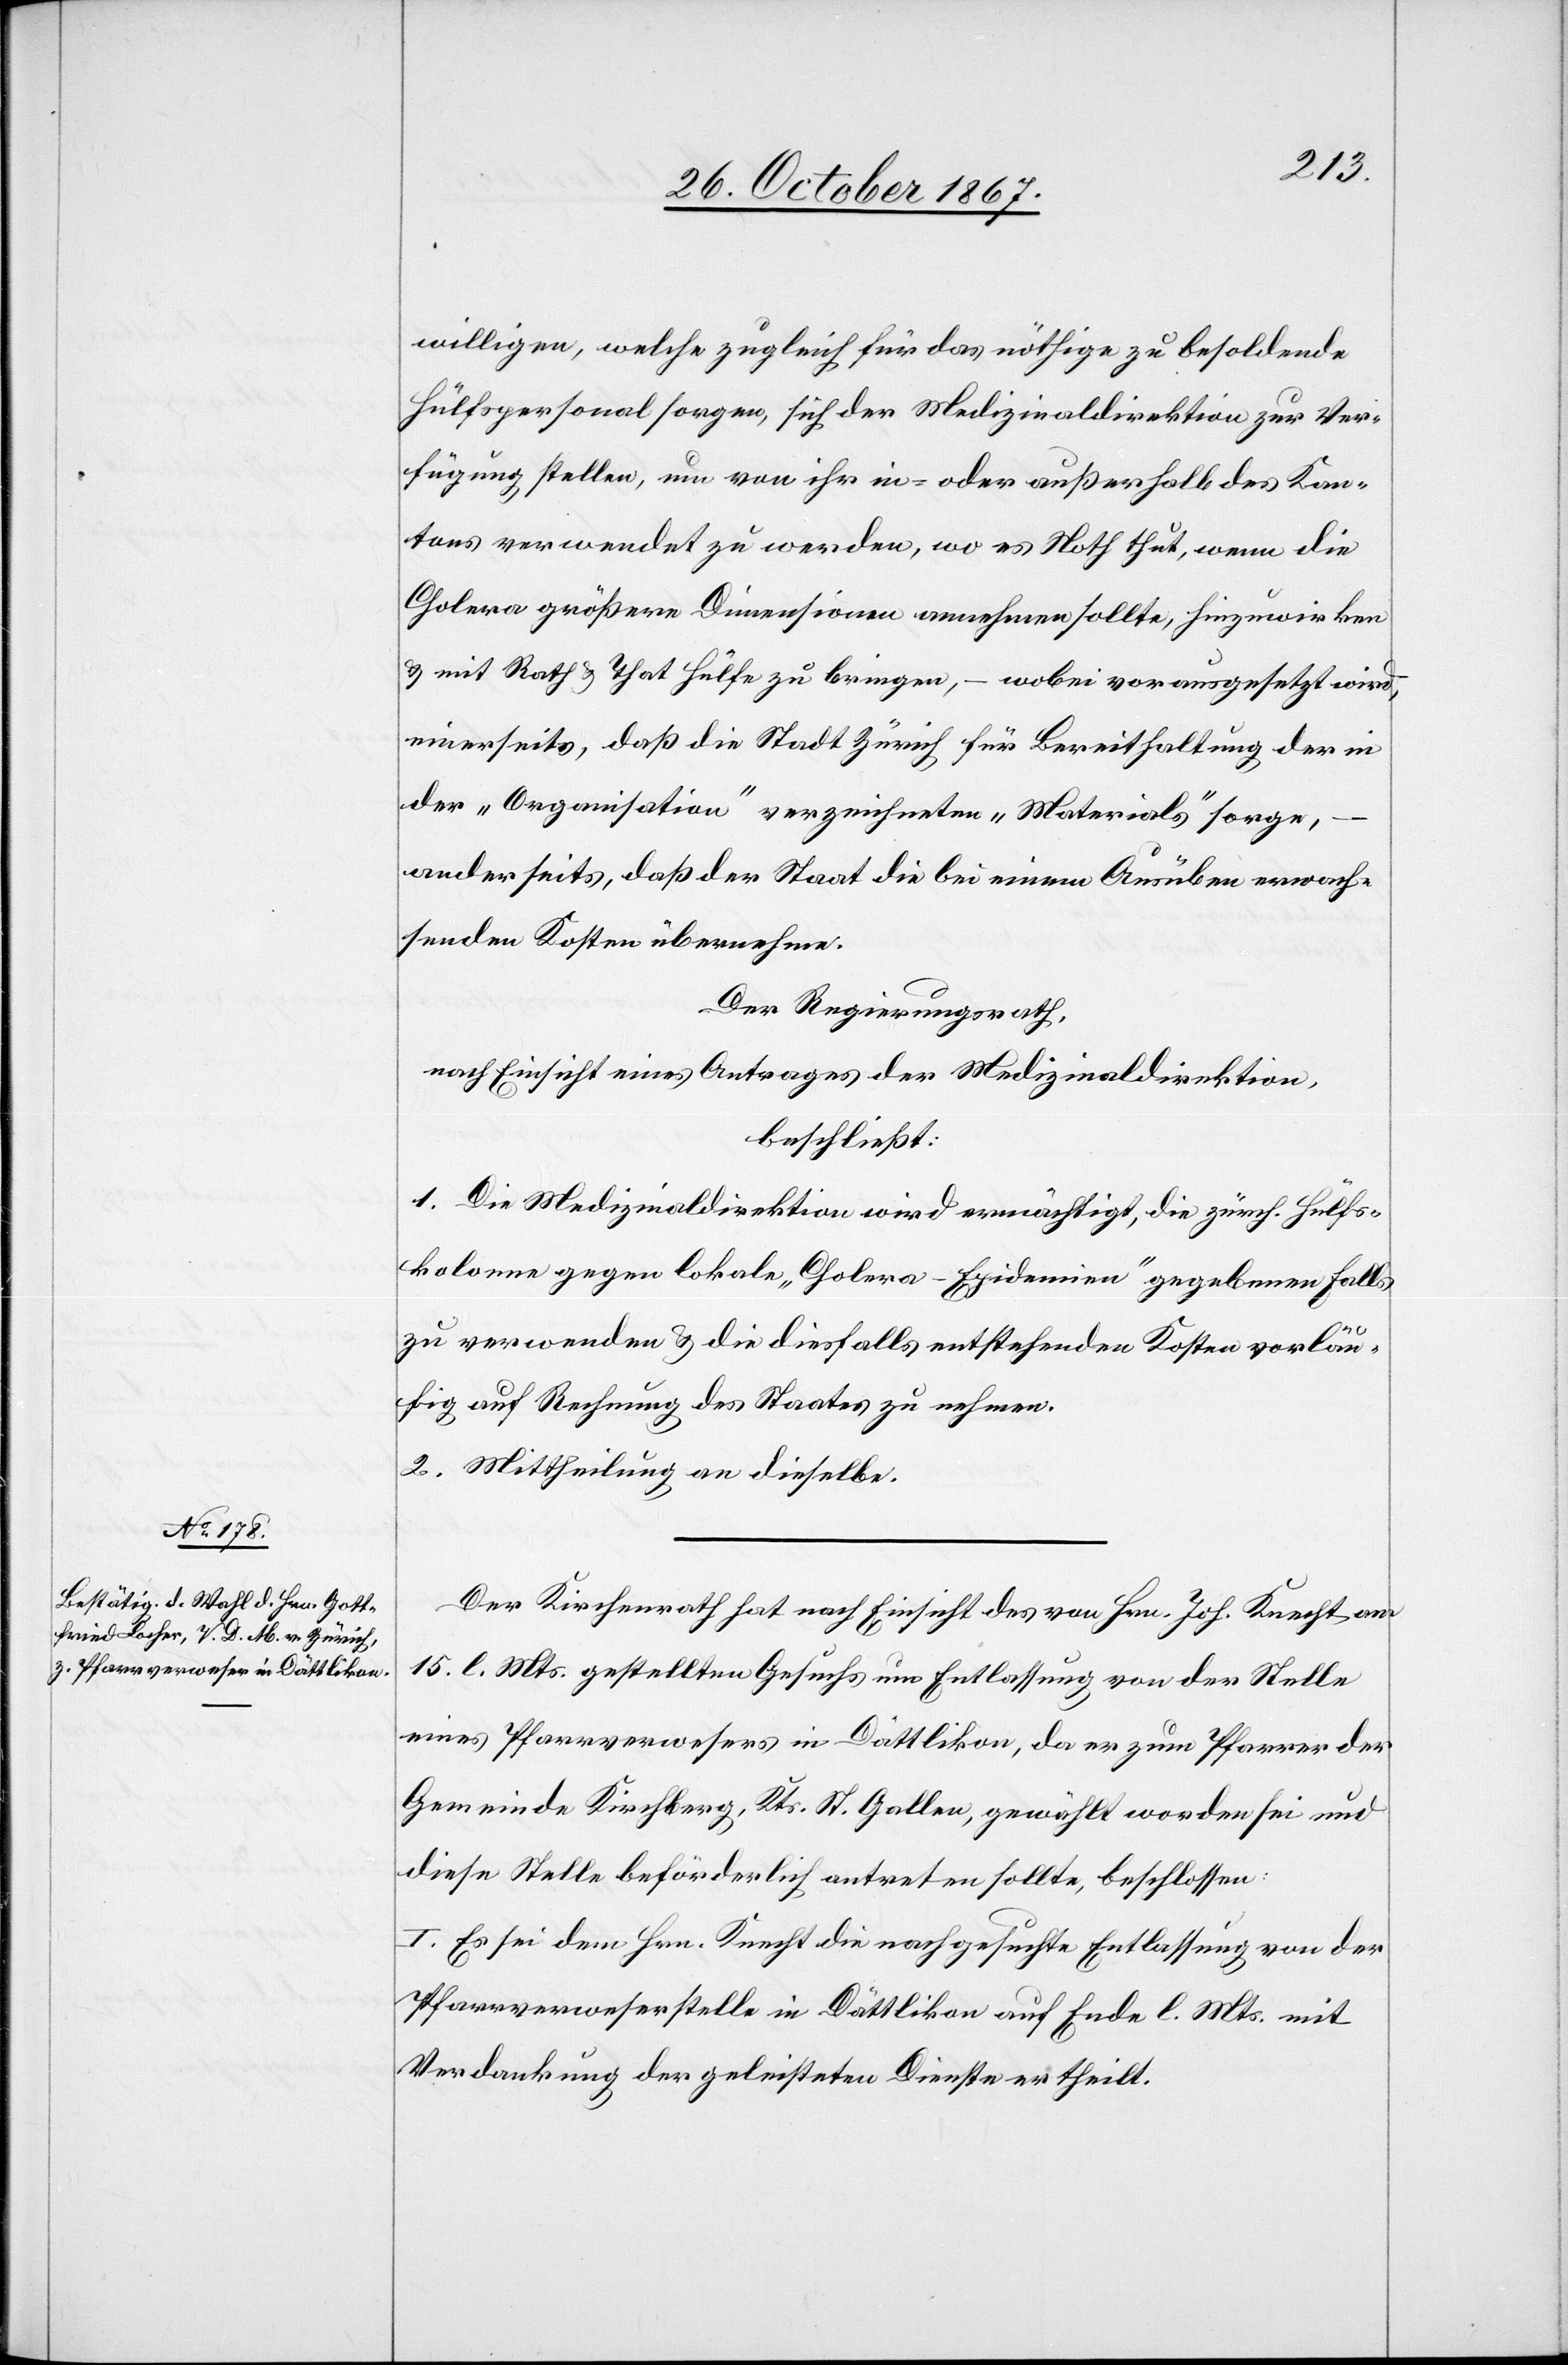
willigen, welche zugleich für das nöthige zu besoldende
Hülfspersonal sorgen, sich der Medizinaldirektion zur Ver¬
fügung stellen, um von ihr in- oder außerhalb des Kan¬
tons verwendet zu werden, wo es Noth thut, wenn die
Cholera größere Dimensionen annehmen sollte, hinzuwirken
u. mit Rath u. That Hülfe zu bringen, – wobei vorausgesetzt wird,
einerseits, daß die Stadt Zürich für Bereithaltung der in
der „Organisation“ verzeichneten „Materials“ sorge,
anderseits, daß der Staat die bei einem Ausüben erwach¬
senden Kosten übernehme.
Der Regierungsrath,
nach Einsicht eines Antrages der Medizinaldirektion,
beschließt:
1. Die Medizinaldirektion wird ermächtigt, die zürch. Hülfs¬
kolonne gegen lokale „Cholera-Epidemien“ gegebenen Falls
zu verwenden u. die diesfalls entstehenden Kosten vorläu¬
fig auf Rechnung des Staates zu nehmen.
2. Mittheilung an dieselbe.
Der Kirchenrath hat nach Einsicht des von Hrn. Joh. Knecht am
15. l. Mts. gestellten Gesuchs um Entlassung von der Stelle
eines Pfarrverwesers in Dättlikon, da er zum Pfarrer der
Gemeinde Kirchberg, Kts. St. Gallen, gewählt worden sei und
diese Stelle beförderlich antreten sollte, beschlossen:
I. Es sei dem Hrn. Knecht die nachgesuchte Entlassung von der
Pfarrverweserstelle in Dättlikon auf Ende l. Mts. mit
Verdankung der geleisteten Dienste ertheilt.